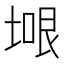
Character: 𭎼